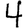
Digit: 4